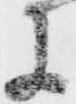
に